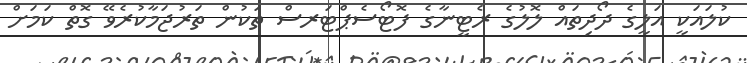
ކުލައަކީ އަލީގެ ދޯދިތައް ލޮލުގެ ރެޓީނާގެ ފޮޓޯސެޕްޓަރސް ތަކުން ތަރުޖަމާކުރެވޭ ގޮތް ކަމަށް